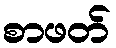
စာဖတ်